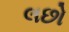
લછો